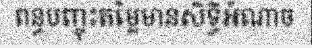
ពន្ធបញ្ចុះតម្លៃមានសិទ្ធិអំណាច